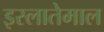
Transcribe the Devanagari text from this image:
इस्लातेमाल